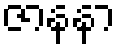
ဇာနနာ